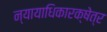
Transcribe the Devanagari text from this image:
न्यायाधिकारक्षेत्र